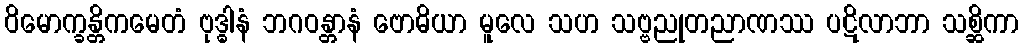
ဝိမောက္ခန္တိကမေတံ ဗုဒ္ဓါနံ ဘဂဝန္တာနံ ဗောဓိယာ မူလေ သဟ သဗ္ဗညုတညာဏဿ ပဋိလာဘာ သစ္ဆိကာ